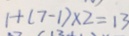
1 + ( 7 - 1 ) \times 2 = 1 3